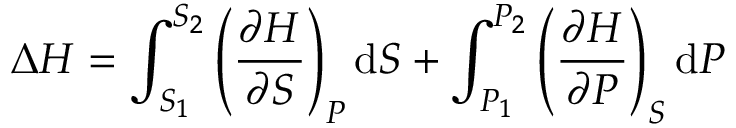
\Delta H = \int _ { S _ { 1 } } ^ { S _ { 2 } } \left( { \frac { \partial H } { \partial S } } \right) _ { P } \mathrm { d } S + \int _ { P _ { 1 } } ^ { P _ { 2 } } \left( { \frac { \partial H } { \partial P } } \right) _ { S } \mathrm { d } P